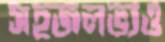
সহজলভ্যও